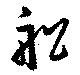
舩